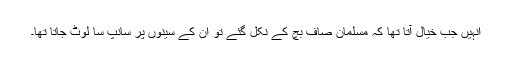
انہیں جب خیال آتا تھا کہ مسلمان صاف بچ کے نکل گئے تو ان کے سینوں پر سانپ سا لوٹ جاتا تھا۔